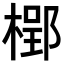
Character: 𣗐